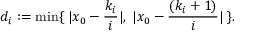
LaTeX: d _ { i } : = \operatorname* { m i n } \{ \; | x _ { 0 } - { \frac { k _ { i } } { i } } | , \; | x _ { 0 } - { \frac { ( k _ { i } + 1 ) } { i } } | \; \} .